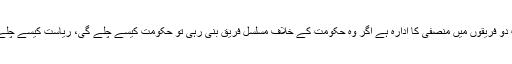
عدالت دو فریقوں میں منصفی کا ادارہ ہے اگر وہ حکومت کے خلاف مسلسل فریق بنی رہی تو حکومت کیسے چلے گی، ریاست کیسے چلے گی؟